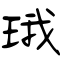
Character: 珴